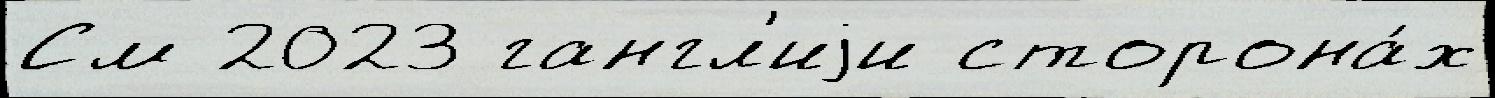
См 2023 гангл'иjи сторона́х